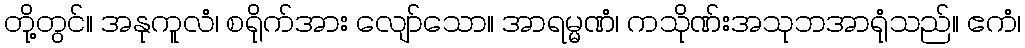
တို့တွင်။ အနုကူလံ၊ စရိုက်အား လျော်သော။ အာရမ္မဏံ၊ ကသိုဏ်းအသုဘအာရုံသည်။ ဧကံ၊